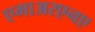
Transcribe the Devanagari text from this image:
एमाअरएनए